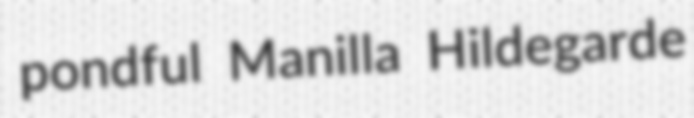
pondful Manilla Hildegarde